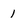
Character: 1